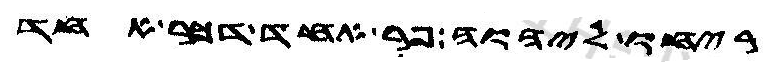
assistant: ריחו ליהוה פר אחד דכר אחד